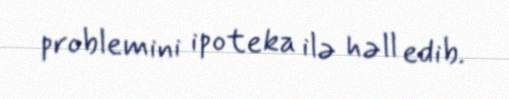
problemini ipoteka ilə həll edib.